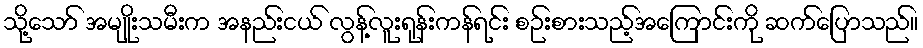
သို့သော် အမျိုးသမီးက အနည်းငယ် လွန့်လူးရုန်းကန်ရင်း စဉ်းစားသည့်အကြောင်းကို ဆက်ပြောသည်။